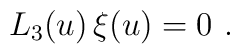
L_3(u) \, \xi(u) = 0 \ .